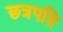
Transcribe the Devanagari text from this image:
छत्रपति